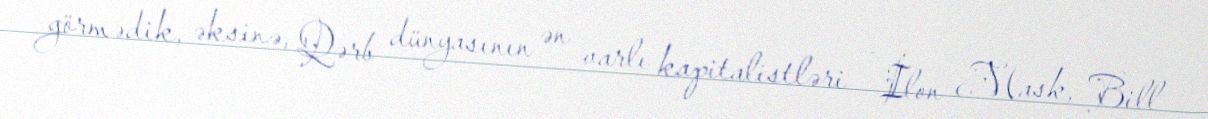
görmədik, əksinə, Qərb dünyasının ən varlı kapitalistləri – İlon Mask, Bill